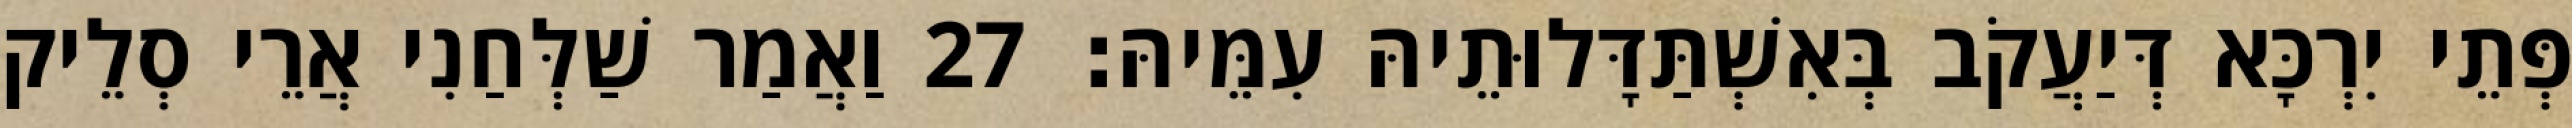
פְּתֵי יִרְכָּא דְּיַעֲקֹב בְּאִשְׁתַּדָּלוּתֵיהּ עִמֵּיהּ׃ 27 וַאֲמַר שַׁלְּחַנִי אֲרֵי סְלֵיק